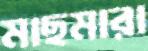
মাছমারা